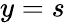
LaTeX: y=s